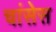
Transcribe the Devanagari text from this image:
चांसेस